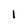
Character: l